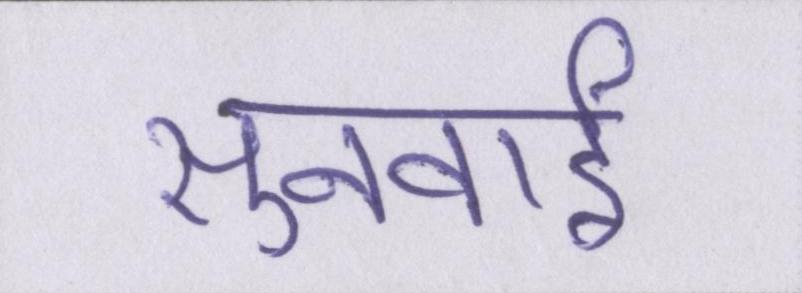
सुनवाई